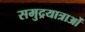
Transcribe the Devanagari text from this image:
समुद्रयात्राओं